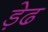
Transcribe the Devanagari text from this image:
ड़ेढ